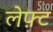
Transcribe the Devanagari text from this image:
लेफ़्ट